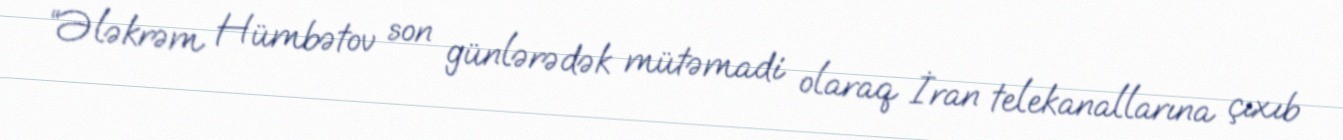
“Ələkrəm Hümbətov son günlərədək mütəmadi olaraq İran telekanallarına çıxıb